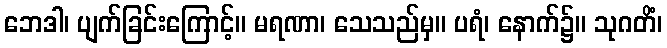
ဘေဒါ၊ ပျက်ခြင်းကြောင့်။ မရဏာ၊ သေသည်မှ။ ပရံ၊ နောက်၌။ သုဂတိံ၊